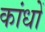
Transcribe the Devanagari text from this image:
कांधों